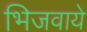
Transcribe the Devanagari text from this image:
भिजवाये